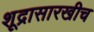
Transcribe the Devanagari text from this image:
शूद्रासारखीच